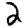
Digit: 2